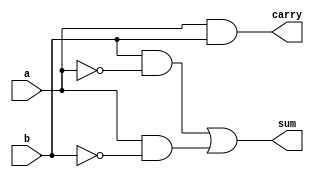
module des52  ( a, b, sum, carry);
  input a,b;
  output sum,carry;
  
    wire r;
    // r = AB
    wire u;
    // u = B'
    wire i;
    // i = A'
    wire o;
    // o = A'B

    not (u,b);
    not (i,a);
    and (r,a,u);
    and (o,b,i);
    or (sum,o,r);
    
    and (carry,a,b);
    
endmodule
module des52_tb;

    reg a,b;
    des52 des(a, b, sum, carry);

initial begin

    $monitor ("time=%d:%b   %b  SUM = %b\n",$time,a,b,sum,carry);
  
    a = 0; b = 0;
  #3 a = 0; b = 1;
  #3 a = 1; b = 1;
  #3 a = 1; b = 0;

    $display("test complete HALF-ADDER");
end

endmodule